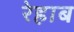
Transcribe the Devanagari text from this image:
रेहाब